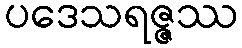
ပဒေသရဇ္ဇဿ